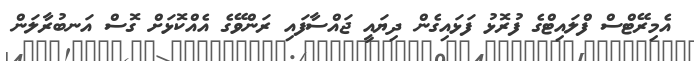
އެމިރޭޓްސް ފްލައިޓްގެ ފުރޮޅު ފަޅައިގެން ދިޔައީ ޖައްސާފައި ރަންވޭގެ އެއްކޮޅަށް ގޮސް އަނބުރާލަން